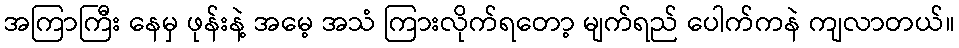
အကြာကြီး နေမှ ဖုန်းနဲ့ အမေ့ အသံ ကြားလိုက်ရတော့ မျက်ရည် ပေါက်ကနဲ ကျလာတယ်။